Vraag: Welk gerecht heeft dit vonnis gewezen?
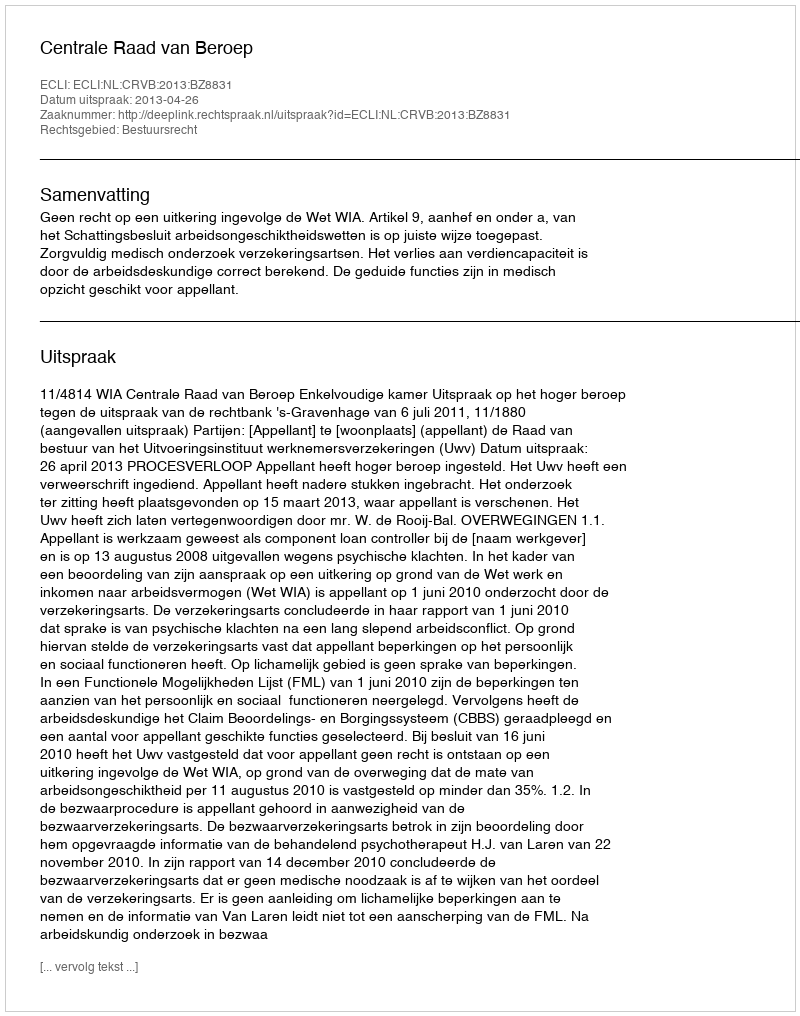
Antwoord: Centrale Raad van Beroep